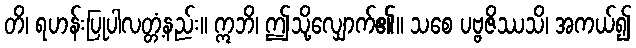
တိ၊ ရဟန်းပြုပါလတ္တံ့နည်း။ ဣဘိ၊ ဤသို့လျှောက်၏။ သစေ ပဗ္ဗဇိဿသိ၊ အကယ်၍